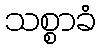
သစ္စာခံ